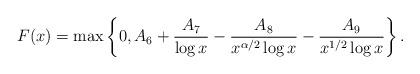
LaTeX: \begin{align*}F(x) = \max\left\{0, A_{6} + \frac{A_{7}}{\log x} - \frac{A_{8}}{x^{\alpha/2} \log x} - \frac{A_{9}}{x^{1/2} \log x}\right\}.\end{align*}